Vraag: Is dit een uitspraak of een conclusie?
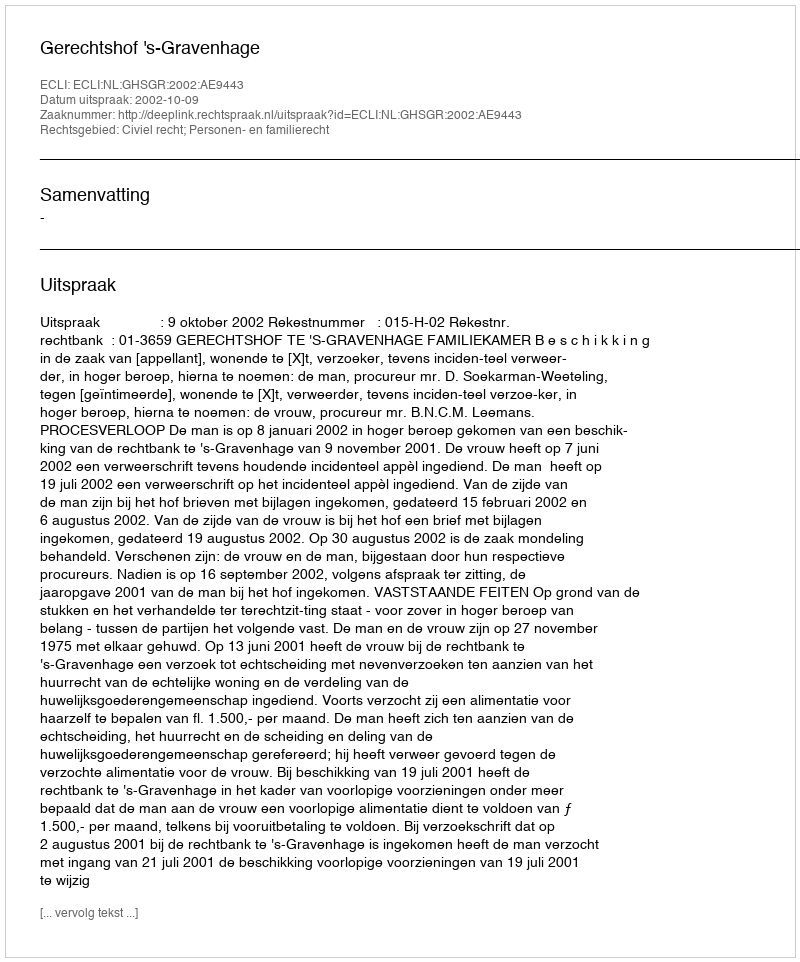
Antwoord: Uitspraak